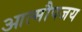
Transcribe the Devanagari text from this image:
आत्मौपजय